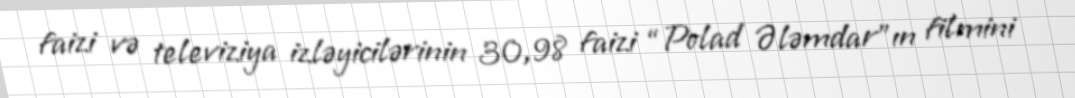
faizi və televiziya izləyicilərinin 30,98 faizi “Polad Ələmdar”ın filmini